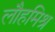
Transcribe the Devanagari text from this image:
लौहमिश्र